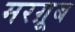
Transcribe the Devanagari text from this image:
मरग़ूब